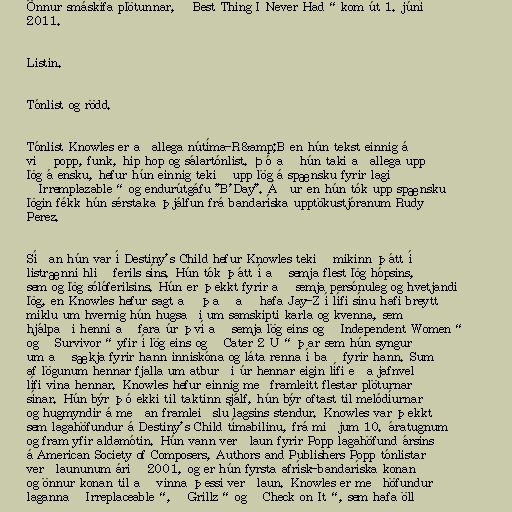
Önnur smáskífa plötunnar, „Best Thing I Never Had“ kom út 1. júní
2011.

Listin.

Tónlist og rödd.

Tónlist Knowles er aðallega nútíma-R&amp;B en hún tekst einnig á
við popp, funk, hip hop og sálartónlist. Þó að hún taki aðallega upp
lög á ensku, hefur hún einnig tekið upp lög á spænsku fyrir lagið
„Irremplazable“ og endurútgáfu "B'Day". Áður en hún tók upp spænsku
lögin fékk hún sérstaka þjálfun frá bandaríska upptökustjóranum Rudy
Perez.

Síðan hún var í Destiny's Child hefur Knowles tekið mikinn þátt í
listrænni hlið ferils síns. Hún tók þátt í að semja flest lög hópsins,
sem og lög sólóferilsins. Hún er þekkt fyrir að semja persónuleg og hvetjandi
lög, en Knowles hefur sagt að það að hafa Jay-Z í lífi sínu hafi breytt
miklu um hvernig hún hugsaði um samskipti karla og kvenna, sem
hjálpaði henni að fara úr því að semja lög eins og „Independent Women“
og „Survivor“ yfir í lög eins og „Cater 2 U“ þar sem hún syngur
um að sækja fyrir hann inniskóna og láta renna í bað fyrir hann. Sum
af lögunum hennar fjalla um atburði úr hennar eigin lífi eða jafnvel
lífi vina hennar. Knowles hefur einnig meðframleitt flestar plöturnar
sínar. Hún býr þó ekki til taktinn sjálf, hún býr oftast til melódíurnar
og hugmyndir á meðan framleiðslu lagsins stendur. Knowles var þekkt
sem lagahöfundur á Destiny's Child tímabilinu, frá miðjum 10. áratugnum
og fram yfir aldamótin. Hún vann verðlaun fyrir Popp lagahöfund ársins
á American Society of Composers, Authors and Publishers Popp tónlistar
verðlaununum árið 2001, og er hún fyrsta afrísk-bandaríska konan
og önnur konan til að vinna þessi verðlaun. Knowles er meðhöfundur
laganna „Irreplaceable“, „Grillz“ og „Check on It“, sem hafa öll